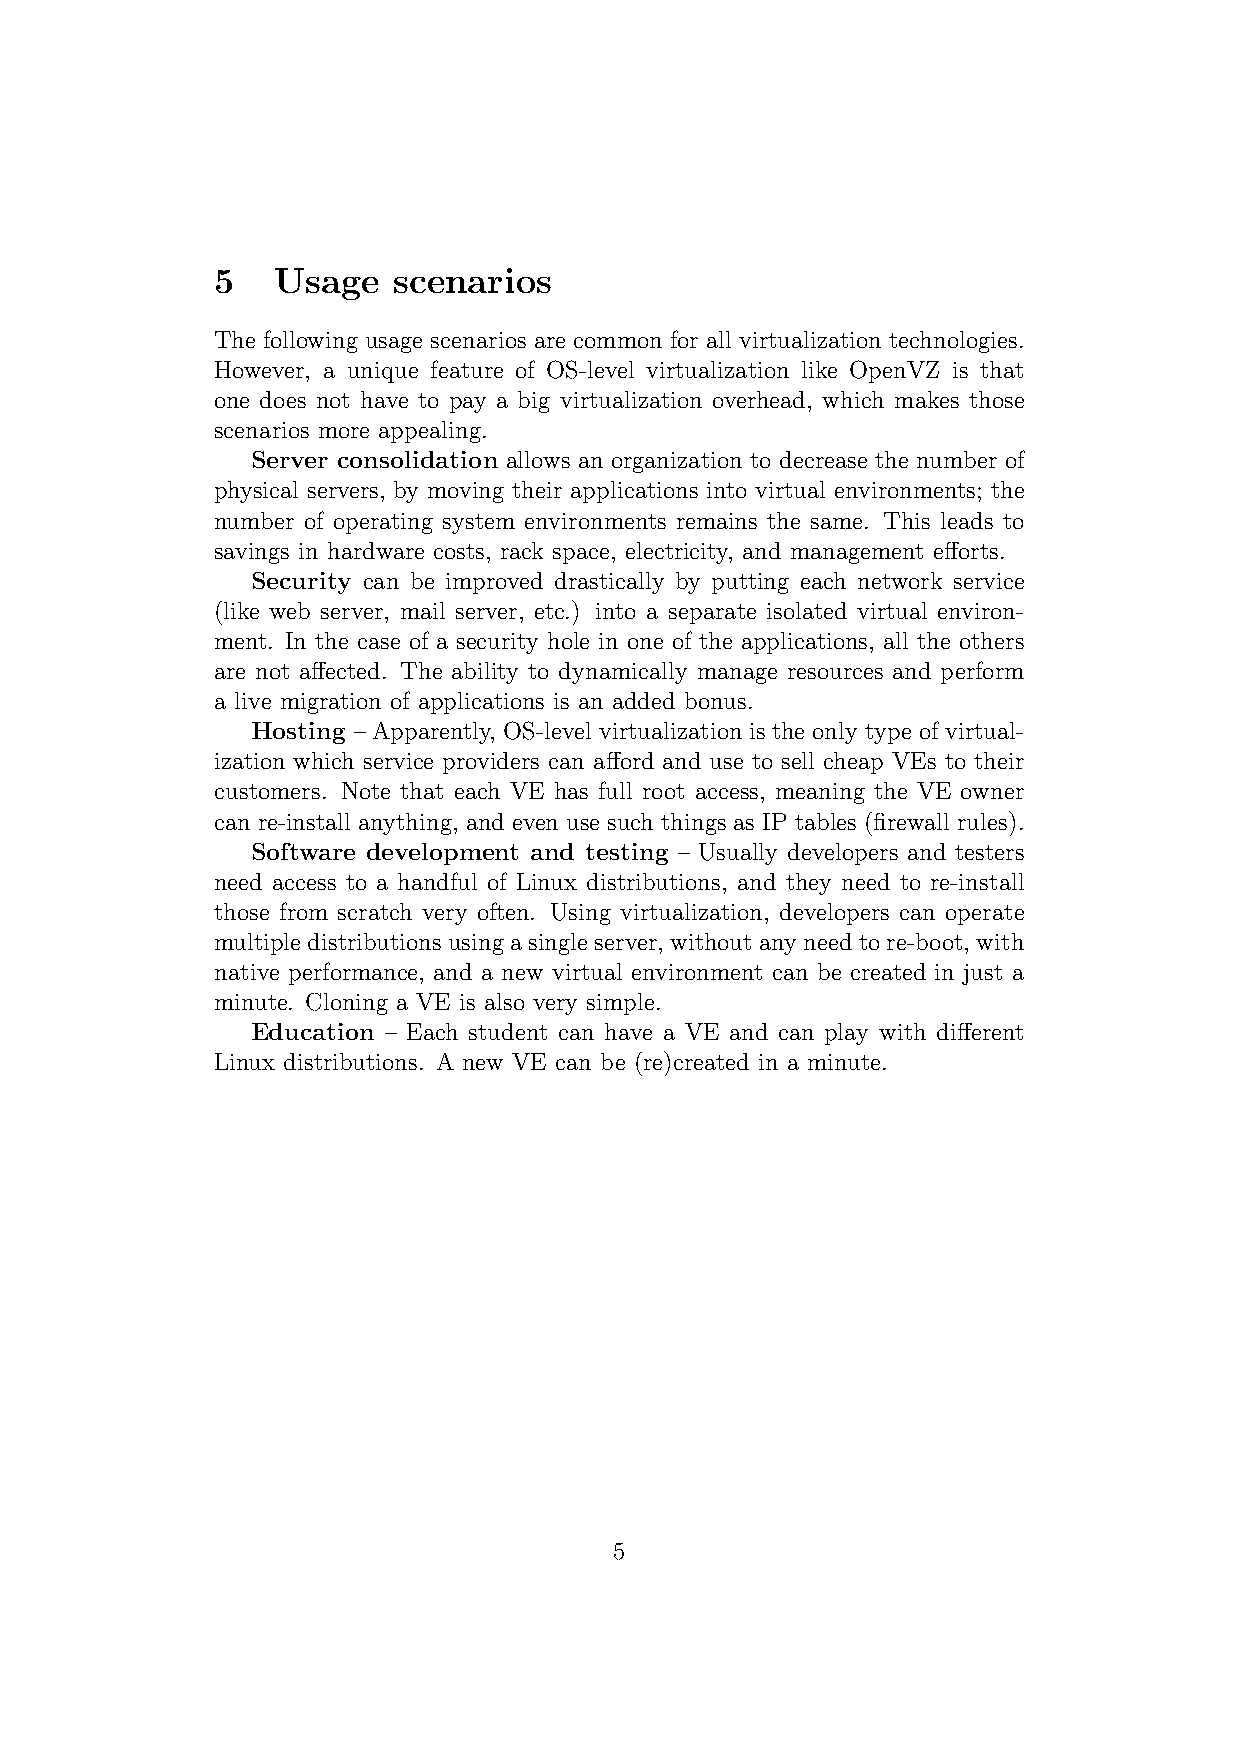
5   Usage   scenarios
 The following usage scenarios are common for all virtualization technologies.
 However, a unique feature of OS-level virtualization like OpenVZ is that
 one does not have to pay a big virtualization overhead, which makes those
 scenarios more appealing.
 Server consolidation allows an organization to decrease the number of
 physical servers, by moving their applications into virtual environments; the
 number of operating system environments remains the same. This leads to
 savings in hardware costs, rack space, electricity, and management efforts.
 Security can be improved drastically by putting each network service
 (like web server, mail server, etc.) into a separate isolated virtual environ-
 ment. In the case of a security hole in one of the applications, all the others
 are not affected. The ability to dynamically manage resources and perform
 a live migration of applications is an added bonus.
 Hosting – Apparently, OS-level virtualization is the only type of virtual-
 ization which service providers can afford and use to sell cheap VEs to their
 customers. Note that each VE has full root access, meaning the VE owner
 can re-install anything, and even use such things as IP tables (firewall rules).
 Software development and testing – Usually developers and testers
 need access to a handful of Linux distributions, and they need to re-install
 those from scratch very often. Using virtualization, developers can operate
 multipledistributionsusingasingleserver, withoutanyneedtore-boot, with
 native performance, and a new virtual environment can be created in just a
 minute. Cloning a VE is also very simple.
 Education – Each student can have a VE and can play with different
 Linux distributions. A new VE can be (re)created in a minute.
 5